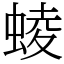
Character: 䗀